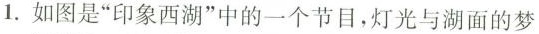
1. 如图是” 印象西湖 ”中的一个节目，灯光与湖面的梦